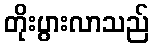
တိုးပွားလာသည်